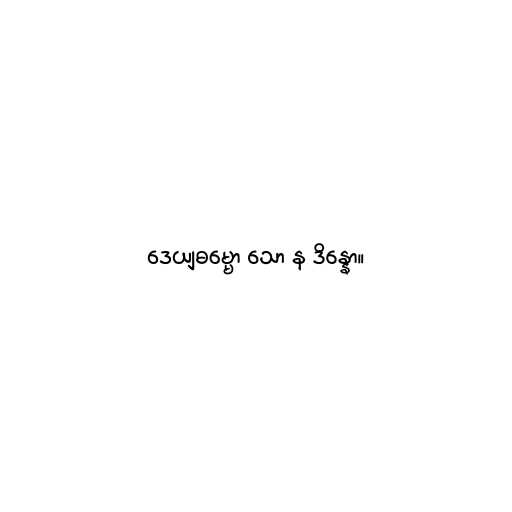
ဒေယျဓမ္မော သော န ဒိန္နော။